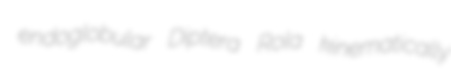
endoglobular Diptera Rola kinematically